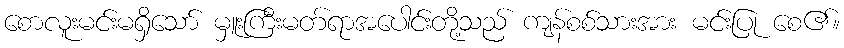
စောလူးမင်းမရှိသော် မှူးကြီးမတ်ရာအပေါင်းတို့သည် ကျန်စစ်သားအား မင်းပြု စေ၏။